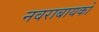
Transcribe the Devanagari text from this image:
नवराबायको